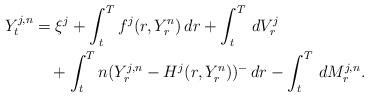
LaTeX: \begin{align*} Y^{j,n}_t&=\xi^j+\int_t^Tf^j(r,Y^n_r)\,dr+\int_t^T\,dV^j_r\\&\quad+\int_t^Tn(Y^{j,n}_r-H^j(r,Y^n_r))^-\,dr-\int_t^T\,dM^{j,n}_r.\end{align*}